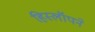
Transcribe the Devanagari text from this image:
हिस्लॉपने